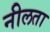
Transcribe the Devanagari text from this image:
नीलता